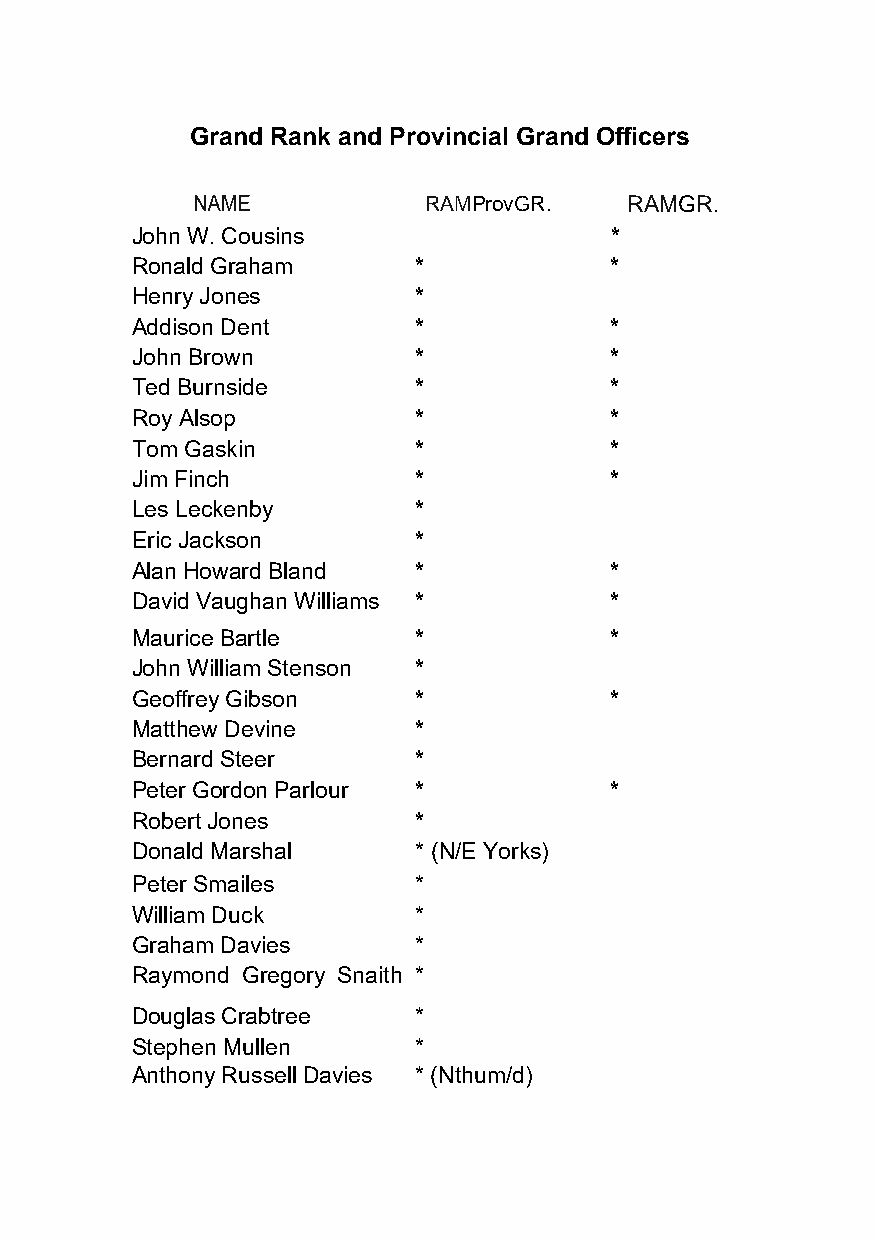
Grand Rank and Provincial Grand Officers
 RAMProvGR.    RAMGR.
 John W. Cousins                *
 Ronald Graham     *            *
 Henry Jones       *
 Addison Dent      *            *
 John Brown        *            *
 Ted Burnside      *            *
 Roy Alsop         *            *
 Tom Gaskin        *            *
 Jim Finch         *            *
 Les Leckenby      *
 Eric Jackson      *
 Alan Howard Bland *            *
 David Vaughan Williams *       *
 Maurice Bartle    *            *
 John William Stenson *
 Geoffrey Gibson   *            *
 Matthew Devine    *
 Bernard Steer     *
 Peter Gordon Parlour *         *
 Robert Jones      *
 Donald Marshal    * (N/E Yorks)
 Peter Smailes     *
 William Duck      *
 Graham Davies     *
 Raymond Gregory Snaith *
 Douglas Crabtree  *
 Stephen Mullen    *
 Anthony Russell Davies * (Nthum/d)